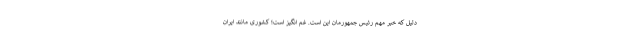
دلیل که خبر مهم رئیس جمهورمان این است. غم انگیز است؛ کشوری مانند ایران